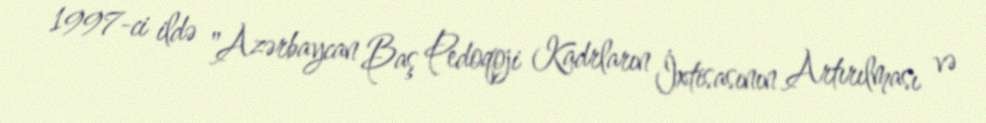
1997-ci ildə "Azərbaycan Baş Pedoqoji Kadrların İxtisasının Artırılması və